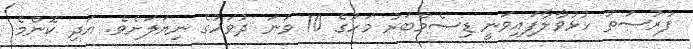
ފުރުސަތު ހުޅުވާލާފައިވަނީ ޑިސެމްބަރު މަހުގެ 10 ވަނަ ދުވަހުގެ ނިޔަލަށެވެ. އަދި ކޮންމެ